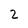
Character: 2